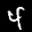
Label: 4